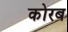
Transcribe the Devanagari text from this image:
कोरब